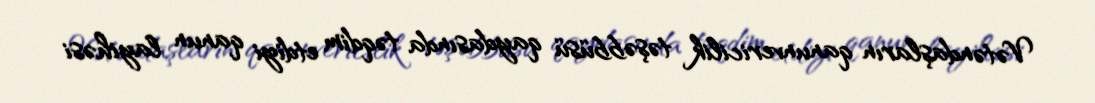
Vətəndaşların qanunvericilik təşəbbüsü qaydasında təqdim etdiyi qanun layihəsi